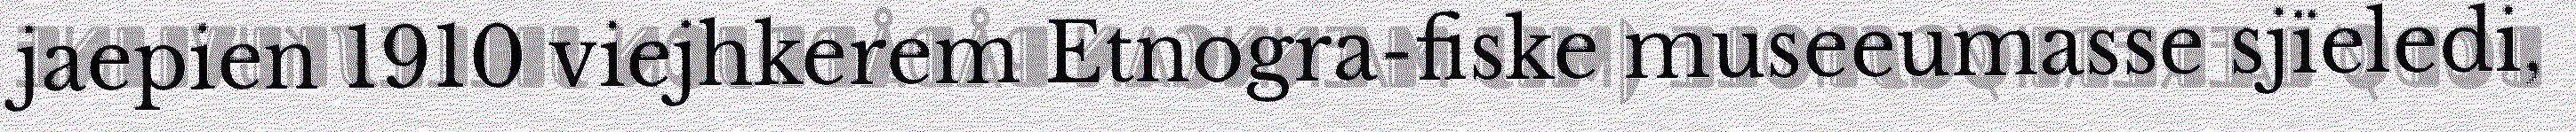
jaepien 1910 viejhkerem Etnogra-fiske museeumasse sjïeledi,